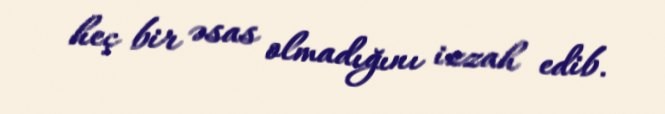
heç bir əsas olmadığını izzah edib.